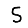
Digit: 5